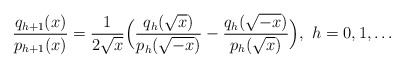
\begin{align*}\frac{q_{h+1}(x)}{p_{h+1}(x)}=\frac{1}{2\sqrt x}\Big(\frac{q_h(\sqrt x)}{p_h(\sqrt{-x})}-\frac{q_h(\sqrt {-x})}{p_h(\sqrt x)}\Big),~h=0,1,\dots\end{align*}